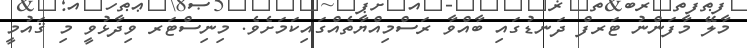
މާލޭ މާފަންނު ޓަރފް ދަނޑުގައި ބާއްވާ ރަސްމިއްޔާތެއްގައިކަމަށެވެ. މިނިސްޓަރ ވިދާޅުވީ މި ޤައުމީ